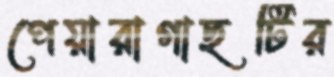
পেয়ারাগাছটির